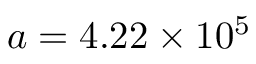
a = 4 . 2 2 \times 1 0 ^ { 5 }